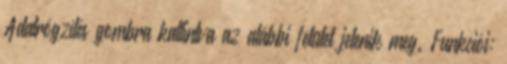
Adatrögzítés gombra kattintva az alábbi felület jelenik meg. Funkciói: